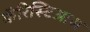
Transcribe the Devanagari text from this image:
कॅरिस्टिआस